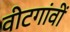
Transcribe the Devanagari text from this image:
वीटगांवीं